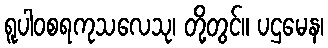
ရူပါဝစရကုသလေသု၊ တို့တွင်။ ပဌမေန၊